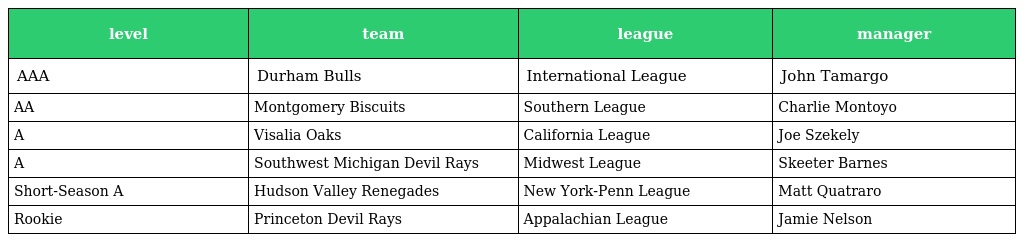
| level | team | league | manager |
 | --- | --- | --- | --- |
 | AAA | Durham Bulls | International League | John Tamargo |
 | AA | Montgomery Biscuits | Southern League | Charlie Montoyo |
 | A | Visalia Oaks | California League | Joe Szekely |
 | A | Southwest Michigan Devil Rays | Midwest League | Skeeter Barnes |
 | Short-Season A | Hudson Valley Renegades | New York-Penn League | Matt Quatraro |
 | Rookie | Princeton Devil Rays | Appalachian League | Jamie Nelson |